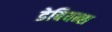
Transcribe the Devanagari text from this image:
डेबियन्स